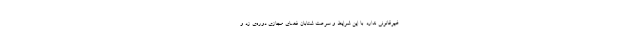
غیرقانونی ندارد. با این شرایط و سرعت شتابان فضای مجازی دوره‌ی زد و